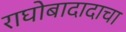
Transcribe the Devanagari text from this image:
राघोबादादाचा